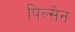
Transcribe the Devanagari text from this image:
पिल्सेन